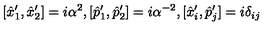
[ \hat { x } _ { 1 } ^ { \prime } , \hat { x } _ { 2 } ^ { \prime } ] = i \alpha ^ { 2 } , [ \hat { p } _ { 1 } ^ { \prime } , \hat { p } _ { 2 } ^ { \prime } ] = i \alpha ^ { - 2 } , [ \hat { x } _ { i } ^ { \prime } , \hat { p } _ { j } ^ { \prime } ] = i \delta _ { i j }